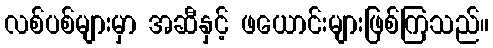
လစ်ပစ်များမှာ အဆီနှင့် ဖယောင်းများဖြစ်ကြသည်။